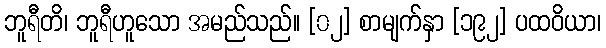
ဘူရီတိ၊ ဘူရီဟူသော အမည်သည်။ [၀၂] စာမျက်နှာ [၁၉၂] ပထဝိယာ၊